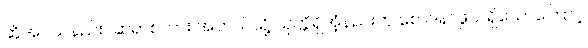
ဆိုအပ်သနည်း။ ဆရာစကား အဘယ်သို့ ယုတ္တိရှိအံ့နည်းဟု စောဒနာဖွယ်ရှိသောကြောင့်